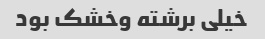
خیلی برشته وخشک بود